Indian journal of veterinary science and animal husbandry - Volume 5,
Year: 1935
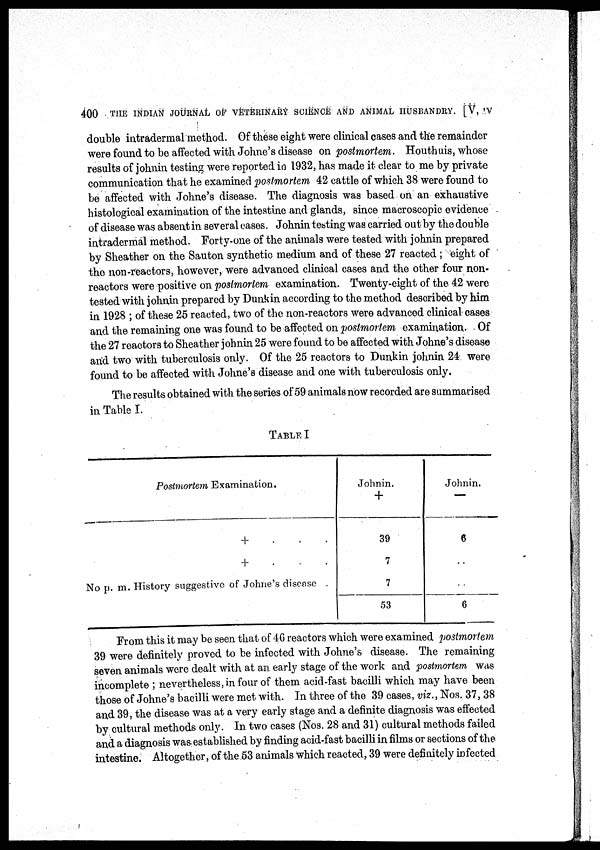
400 THE INDIAN JOURNAL OF VETERINARY SCIENCE AND ANIMAL HUSBANDRY. [V, 'V
double intradermal method. Of these eight were clinical cases and the remainder
were found to be affected with Johne's disease on postmortem. Houthuis, whose
results of johnin testing were reported in 1932, has made it clear to me by private
communication that he examined postmortem 42 cattle of which 38 were found to
be affected with Johne's disease. The diagnosis was based on an exhaustive
histological examination of the intestine and glands, since macroscopic evidence
of disease was absent in several cases. Johnin testing was carried out by the double
intradermal method. Forty-one of the animals were tested with johnin prepared
by Sheather on the Sauton synthetic medium and of these 27 reacted ; eight of
the non-reactors, however, were advanced clinical cases and the other four non-
reactors were positive on postmortem examination. Twenty-eight of the 42 were
tested with johnin prepared by Dunk in according to the method described by him
in 1928 ; of these 25 reacted, two of the non-reactors were advanced clinical cases
and the remaining one was found to be affected on postmortem examination. Of
the 27 reactors to Sheather johnin 25 were found to be affected with Johne's disease
and two with tuberculosis only. Of the 25 reactors to Dunkin johnin 24 were
found to be affected with Johne's disease and one with tuberculosis only.
The results obtained with the series of 59 animals now recorded are summarised
in Table I
TABLE I
Postmortem Examination.
+ . . .
+ . . .
No p. m. History suggestive of Johne's disease
Johnin.
+
39
7
7
53
Johnin.
-
6
..
..
6
From this it may be seen that of 46 reactors which were examined postmortem
39 were definitely proved to be infected with Johne's disease. The remaining
seven animals were dealt with at an early stage of the work and postmortem was
incomplete ; nevertheless, in four of them acid-fast bacilli which may have been
those of Johne's bacilli were met with. In three of the 39 cases, viz., NOS. 37, 38
and 39, the disease was at a very early stage and a definite diagnosis was effected
by cultural methods only. In two cases (Nos. 28 and 31) cultural methods failed
and a diagnosis was established by finding acid-fast bacilli in films or sections of the
intestine. Altogether, of the 53 animals which reacted, 39 were definitely infected